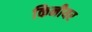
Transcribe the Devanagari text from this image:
किनीयर